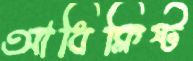
আধিক্লিষ্ট